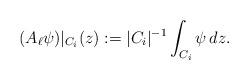
LaTeX: \begin{align*} (A_\ell \psi)|_{C_i}(z)&:=|C_i|^{-1}\int_{C_i} \psi\,dz.\end{align*}